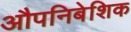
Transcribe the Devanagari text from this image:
औपनिबेशिक